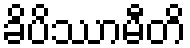
ခိပိဿာမီတိ